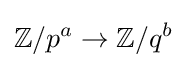
\mathbb {Z} /p^{a}\to \mathbb {Z} /q^{b}